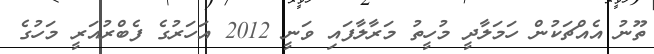
ތޫނު އެއްޗަކުން ހަމަލާދީ މުހީތު މަރާލާފައި ވަނީ 2012 އަހަރުގެ ފެބްރުއަރީ މަހުގެ